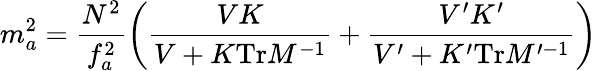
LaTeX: m_{a}^{2}=\frac{N^{2}}{f_{a}^{2}}\left(\frac{VK}{V+K\mathrm{Tr}M^{-1}}+\frac{V^{\prime}K^{\prime}}{V^{\prime}+K^{\prime}\mathrm{Tr}M^{\prime-1}}\right)